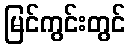
မြင်ကွင်းတွင်